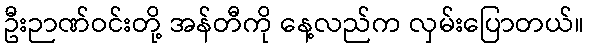
ဦးဉာဏ်ဝင်းတို့ အန်တီကို နေ့လည်က လှမ်းပြောတယ်။